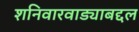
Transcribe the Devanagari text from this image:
शनिवारवाड्याबद्दल